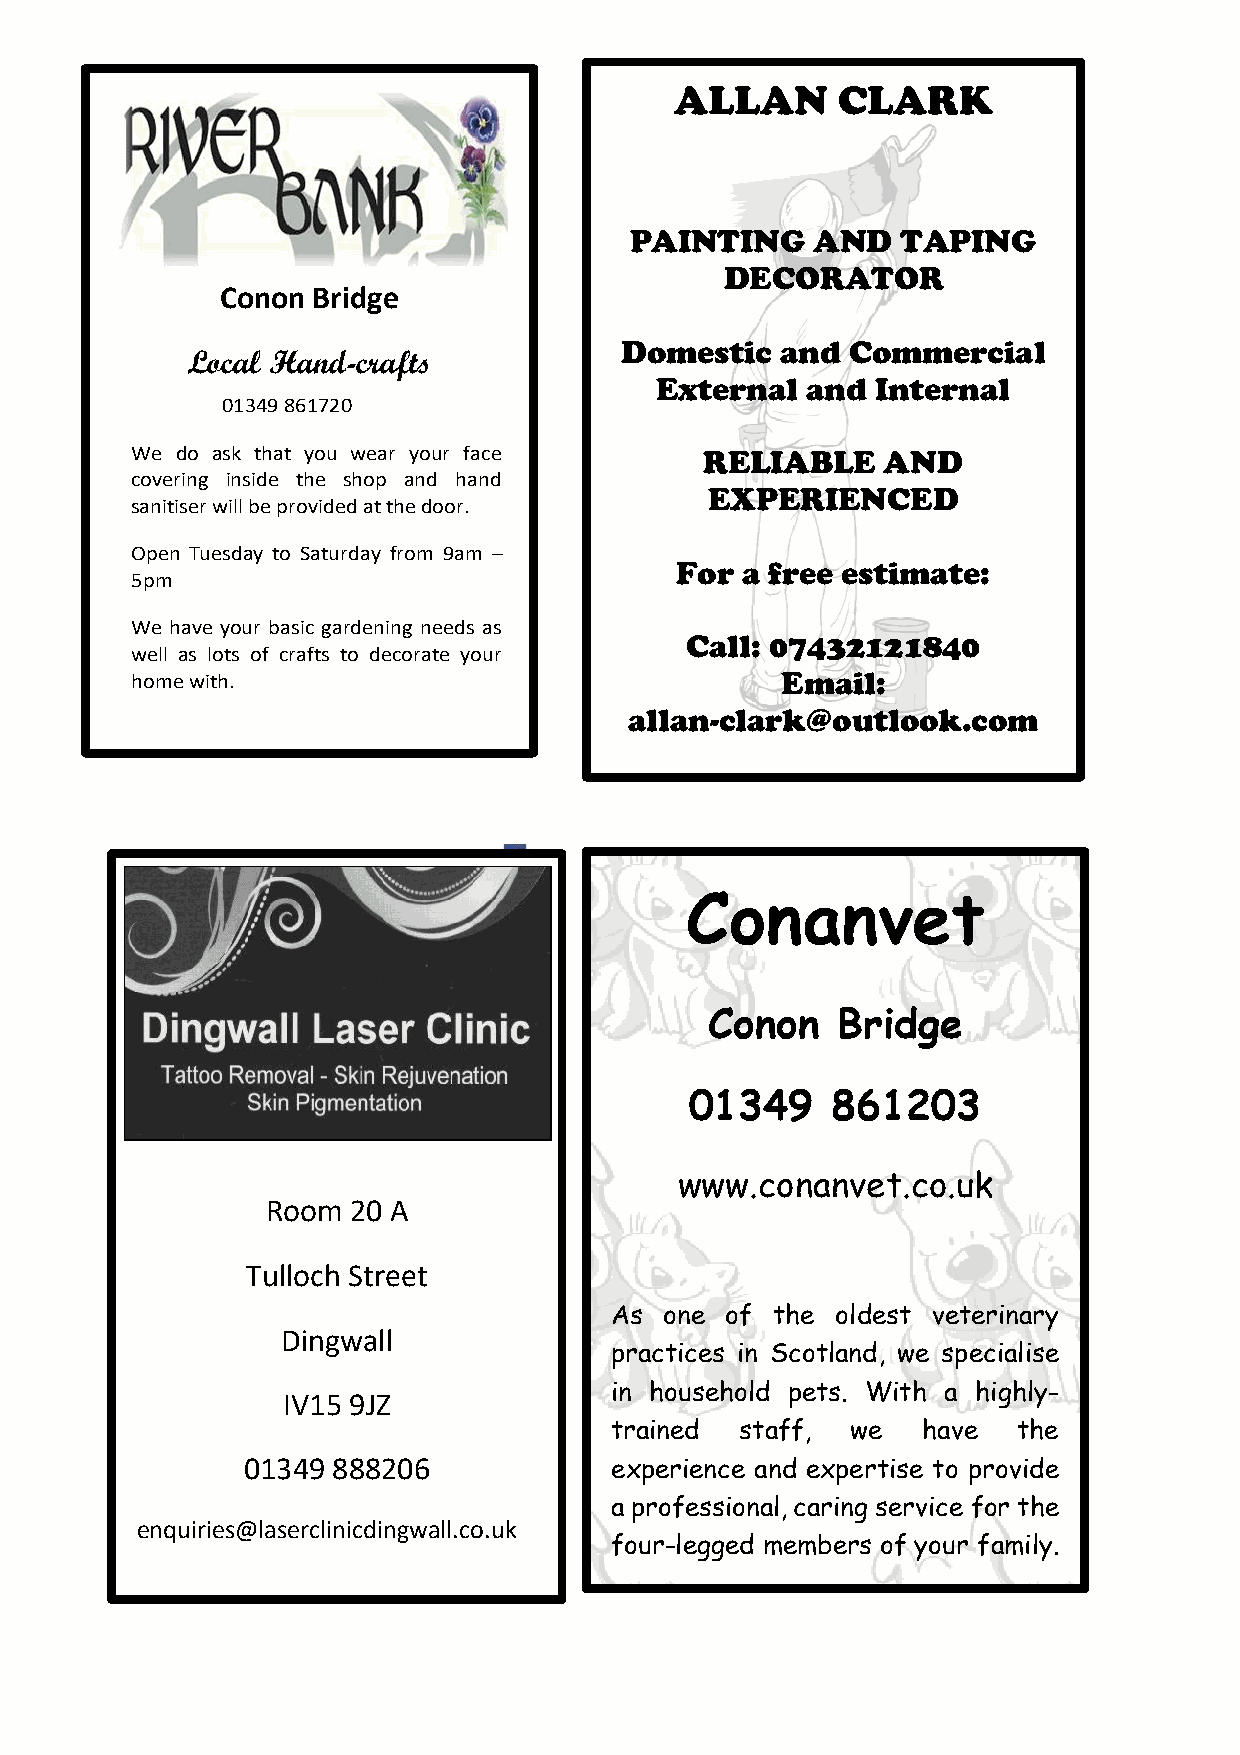
ALLAN     CLARK                                             Final 200 Club Winners                             3
 £200 – D Sinclair
 Rumour has it that the lottery is to be
 £100 – Jayne Ross
 PAINTING    AND   TAPING                             “resurrected” with fewer numbers.
 £75 - Fiona Mchardy
 DECORATOR                                      Possibly a 150 club so don’t spend your £50 -Lyn Steell
 C o non Bridge                                                                                                      £25 - Alison Fraser
 £20 too soon! More on this in the June
 £20 - Ross Hrycenko
 Domestic   and Commercial
 Local Hand-crafts                                                                  Roundabout.                         £15 – Helen Rodger
 External  and  Internal
 Birthdays etc
 RELIABLE    AND
 EXPERIENCED                                    Lily Rodger on 26th March! Happy 8th birthday. Love you lots . . .
 M ammy  and Daddy xxx
 For a free estimate:
 Caroline Hrycenko on 1st April. Happy birthday to the best mum
 Call: 07432121840                                and  granny in the world. Love from Ross, Lynne, Craig and
 Email:                                    grandkids. Xxxxxx
 allan-clark@outlook.com
 Lorna Rattray on June 16th. Happy 50th birthday. Have a great
 fted Gifts
 day!
 Happy  65th Birthday Ganga! Lots of love from Jamie and all the
 family. xxx
 Conanvet
 A belated Happy December birthday Tom –
 Conon   Bridge                                  from The Roundabout!
 A belated Happy Birthday to Angie Whyte –
 01349    861203
 80 yrs on 17th February from Babs.
 www.conanvet.co.uk
 Room 20 A
 Thank you!
 Tulloch Street
 Traci for making the Lunch Club Christmas meal so enjoyable
 As  one of the oldest veterinary
 despite the difficulties you must have had!
 Dingwall
 practices in Scotland, we specialise
 in household pets. With a highly-                     Babs Kennedy would like to thank Traci and Fiona for being so kind
 IV15 9JZ
 trained  staff, we   have  the                        to the Lunch Club at Christmas Not only were they treated to a
 01349 888206            experience and expertise to provide                   lovely meal but were also given a plant as a gift.
 a professional, caring service for the
 enquiries@laserclinicdingwall.co.uk
 Jo Monckton for livening up the village with the 24 days of Advent
 four-legged members of your family.
 extravaganza!
 Rhona and Steph for their donations of prizes.
 0 1 3 4 9 8 6 1 7 2 0
 W e d o a s k t h a t y o u w e a r y o u r f a cc
 o v e r in g in s id e t h e s h o p a n d h a ns
 a n it is e r w ill b e p r o v id e d a t t h e d o o r .
 O p e n T u e s d a y t o S a t u r d a y f r o m 9 a m
 5 p m
 W e h a v e y o u r b a s ic g a r d e n in g n e e d s aw
 e ll a s lo t s o f c r a f t s t o d e c o r a t e y o uh
 o m e w it h .
 ed
 –
 sr